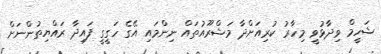
ޝަހީމް ވިދާޅުވީ މިހާރު ކުރިއަށްދާ މަޝްރޫއުތައް ނިންމައި އޭގެ ހަގީގީ ފައިދާ ރައްޔިތުންނަށް